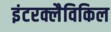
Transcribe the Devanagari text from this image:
इंटरक्लैविकिल